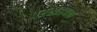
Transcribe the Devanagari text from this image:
परखडपणा